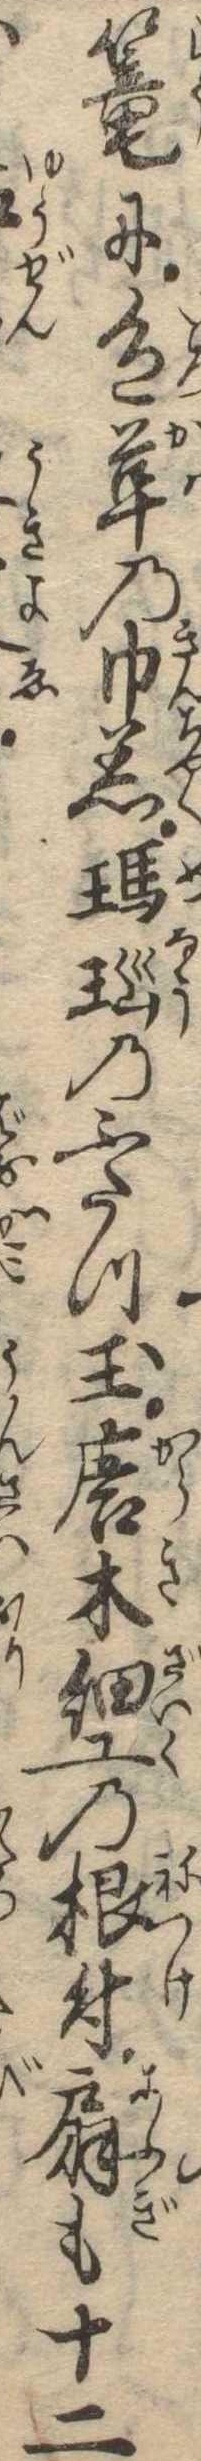
篭に色革の巾着瑪瑙のふたつ玉唐木細工の根付扇も十二